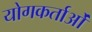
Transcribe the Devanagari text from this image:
योगकर्ताओं